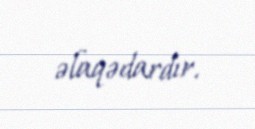
əlaqədardır.